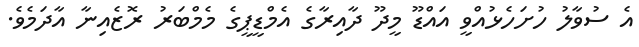
އެ ސުވާލު ހުށަހެޅުއްވީ އައްޑޫ މީދޫ ދާއިރާގެ އެމްޑީޕީގެ މެމްބަރު ރޮޒެއިނާ އާދަމެވެ.